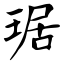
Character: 琚